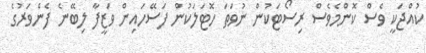
ކުއްޖަކީ ވެސް ކޮންމެވެސް ރިސޯޓަކުން ނުވަތަ ހޮޓަލަކުން ފަސޭހައިން ވަޒީފާ ލިބޭނެ ފެންވަރުގެ